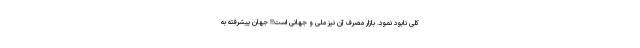
کلی نابود نمود. بازار مصرف آن نیز ملی و جهانی است!! جهان پیشرفته به